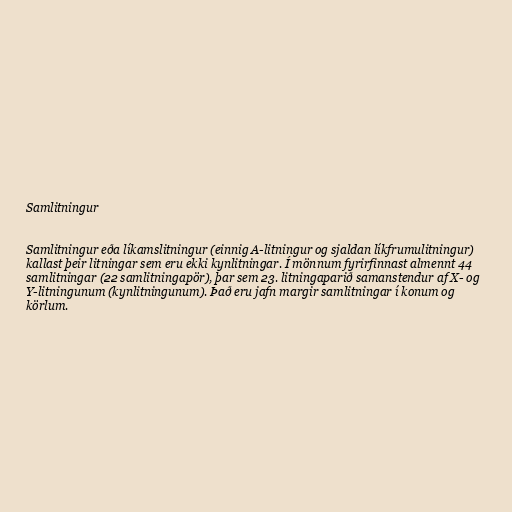
Samlitningur

Samlitningur eða líkamslitningur (einnig A-litningur og sjaldan líkfrumulitningur)
kallast þeir litningar sem eru ekki kynlitningar. Í mönnum fyrirfinnast almennt 44
samlitningar (22 samlitningapör), þar sem 23. litningaparið samanstendur af X- og
Y-litningunum (kynlitningunum). Það eru jafn margir samlitningar í konum og
körlum.